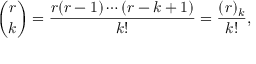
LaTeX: { \binom { r } { k } } = { \frac { r ( r - 1 ) \cdots ( r - k + 1 ) } { k ! } } = { \frac { ( r ) _ { k } } { k ! } } ,